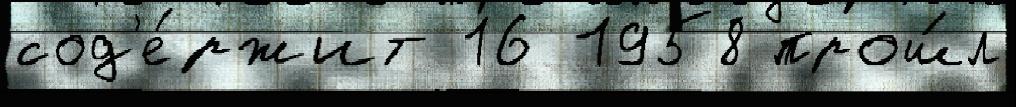
сод'е́ржит 16 1958 прош́л